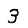
Digit: 3